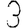
Digit: 3